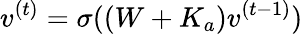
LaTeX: v^{(t)}=\sigma((W+K_{a})v^{(t-1)})